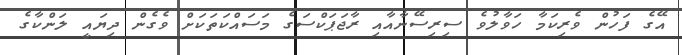
އޭގެ ފަހުން ވެރިކަމާ ހަވާލުވެ ސިރިސޭނާއާއި ރާޖަޕަކްސަގެ މަސައްކަތަކަށް ވެގެން ދިޔައީ ލަންކާގެ